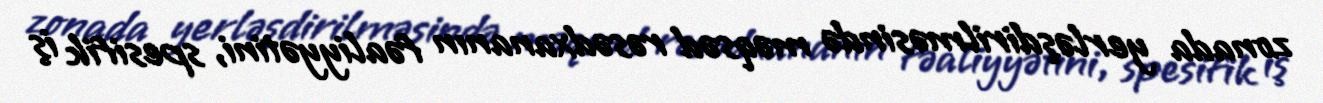
zonada yerləşdirilməsində məqsəd rəsədxananın fəaliyyətini, spesifik iş